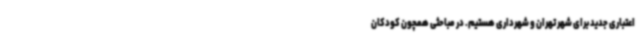
اعتباری جدید برای شهر تهران و شهرداری هستیم. در مباحثی همچون کودکان